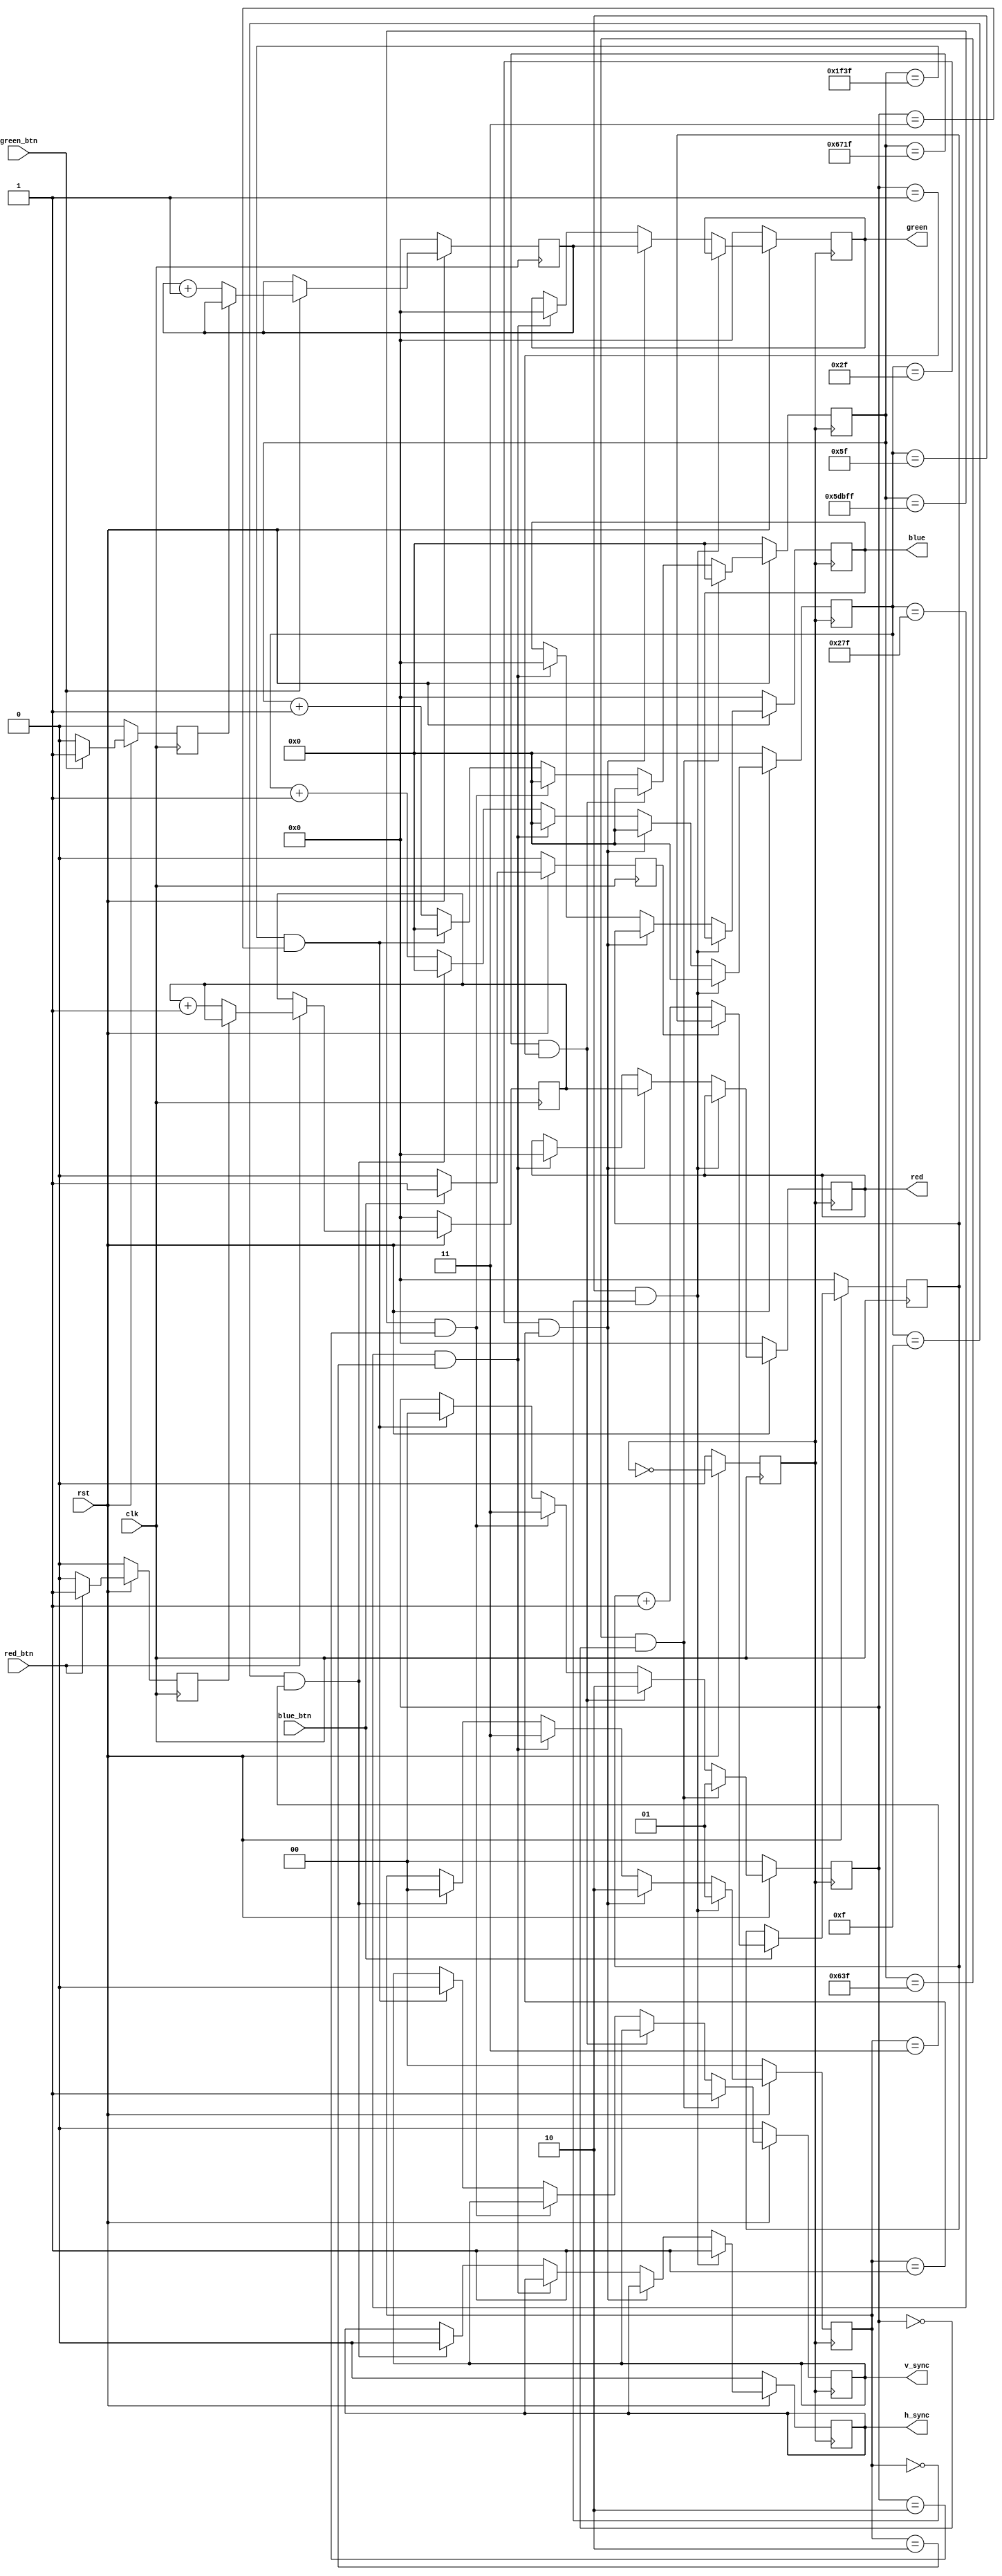
module VGA(
	input clk,
	input rst,
	input red_btn,
	input green_btn,
	input blue_btn,
	output reg [3:0] red,
	output reg [3:0] green,
	output reg [3:0] blue,
	output reg h_sync,
	output reg v_sync
);

reg half_clk;
reg [1:0] h_mode;
reg [1:0] v_mode;
reg [31:0] h_counter;
reg [31:0] v_counter;
reg [3:0] red_amount;
reg [3:0] green_amount;
reg [3:0] blue_amount;
reg red_clicked;
reg green_clicked;
reg blue_clicked;

parameter [31:0] h_a = 32'd95;
parameter [31:0] h_b = 32'd47;
parameter [31:0] h_c = 32'd639;
parameter [31:0] h_d = 32'd15;

parameter [31:0] v_a = 32'd1599;
parameter [31:0] v_b = 32'd26399;
parameter [31:0] v_c = 32'd383999;
parameter [31:0] v_d = 32'd7999;


/* Devide 50MHZ clk into 25MHZ half_clk */
always@(posedge clk) begin
	if(!rst) begin
		half_clk <= 1'd0;
		red_clicked <= 1'd0;
		green_clicked <= 1'd0;
		blue_clicked <= 1'd0;
		red_amount <= 4'd0;
		green_amount <= 4'd0;
		blue_amount <= 4'd0;
	end
	else begin
		half_clk <= ~half_clk;
		
		if(red_btn) begin
			if(!red_clicked) begin
				red_amount <= red_amount + 1;
				red_clicked <= 1'd1;
			end
		end
		else begin
			red_clicked <= 1'd0;
		end
		
		if(green_btn) begin
			if(!green_clicked) begin
				green_amount <= green_amount + 1;
				green_clicked <= 1'd1;
			end
		end
		else begin
			green_clicked <= 1'd0;
		end

		
		if(blue_btn) begin
			if(!blue_clicked) begin
				blue_amount <= blue_amount + 1;
				blue_clicked <= 1'd1;
			end
		end
		else begin
			blue_clicked <= 1'd0;
		end
	end
end


always@(posedge half_clk) begin
	if(!rst) begin
		h_counter <= 32'd0;
		v_counter <= 32'd0;
		h_sync <= 1'd0;
		v_sync <= 1'd0;
		h_mode <= 2'd0;
		v_mode <= 2'd0;
		
		red <= 4'd0;
		green <= 4'd0;
		blue <= 4'd0;
	end
	else begin
		if(h_counter == h_a && h_mode == 2'd0) begin
			h_counter <= 32'd0;
			h_mode <= 2'd1;
			h_sync <= 1'd1;
		end
		else if(h_counter == h_b && h_mode == 2'd1) begin
			h_counter <= 32'd0;
			h_mode <= 2'd2;
			
			red <= red_amount;
			green <= green_amount;
			blue <= blue_amount;
		end
		else if(h_counter == h_c && h_mode == 2'd2) begin
			h_counter <= 32'd0;
			h_mode <= 2'd3;
			
			red <= 4'd0;
			green <= 4'd0;
			blue <= 4'd0;
		end
		else if(h_counter == h_d && h_mode == 2'd3) begin
			h_counter <= 32'd0;
			h_mode <= 2'd0;
			h_sync <= 1'd0;
		end
		else begin
			h_counter <= h_counter + 32'd1;
		end
		
		
		if(v_counter == v_a && v_mode == 2'd0) begin
			v_counter <= 32'd0;
			v_mode <= 2'd1;
			v_sync <= 1'd1;
		end
		else if(v_counter == v_b && v_mode == 2'd1) begin
			v_counter <= 32'd0;
			v_mode <= 2'd2;
		end
		else if(v_counter == v_c && v_mode == 2'd2) begin
			v_counter <= 32'd0;
			v_mode <= 2'd3;	
		end
		else if(v_counter == v_d && v_mode == 2'd3) begin
			v_counter <= 32'd0;
			v_mode <= 2'd0;
			v_sync <= 1'd0;
		end
		else begin
			v_counter <= v_counter + 32'd1;
		end
	end
end


endmodule